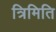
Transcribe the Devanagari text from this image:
त्रिमिति